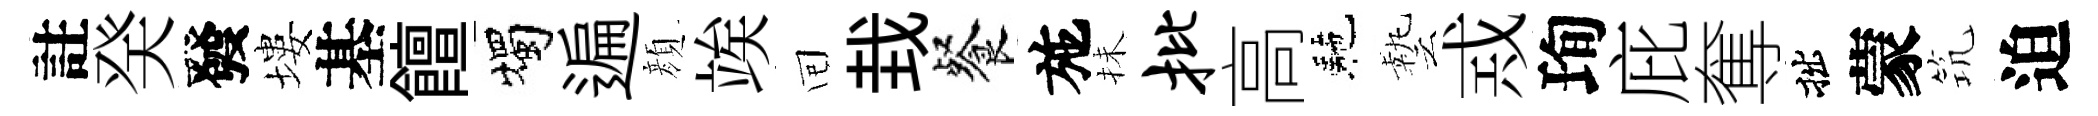
註癸發塿基饘燭遍顔竢囘㘽餐施抺批高駰藝𢦶珣庇奪拙蒙𥬑迫